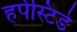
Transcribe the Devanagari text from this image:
हर्पेस्टिडे